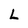
Character: L